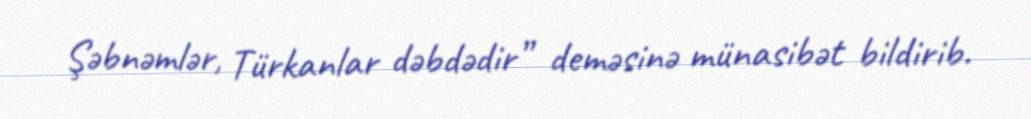
Şəbnəmlər, Türkanlar dəbdədir” deməsinə münasibət bildirib.